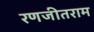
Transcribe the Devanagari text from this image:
रणजीतराम